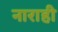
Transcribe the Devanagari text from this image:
नाराही